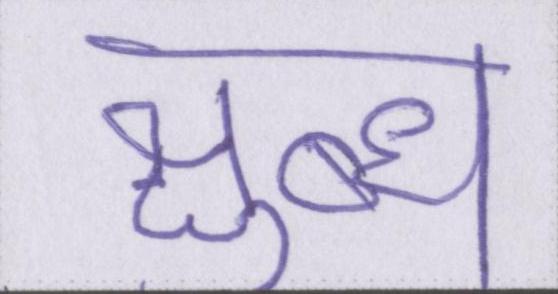
क्षुब्ध